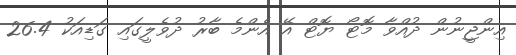
އިންޖީނުން ދުއްވާ މޮޓޯ ޔޮޓް އޭ އެންމެ ބާރު ދުވެލީގައި ގަޑިއަކު 26.4